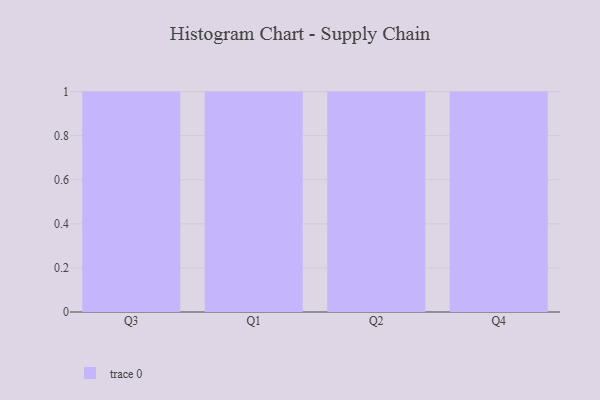
{"axis": {"x": "Quarter", "y": "Active Users"}, "legend": [""], "data": [{"x": "Q3", "y": 34, "type": ""}, {"x": "Q1", "y": 98, "type": ""}, {"x": "Q2", "y": 67, "type": ""}, {"x": "Q4", "y": 16, "type": ""}]}